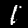
Digit: 1